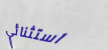
استثنائي